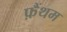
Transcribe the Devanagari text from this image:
फ़ैंथम